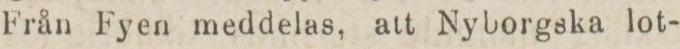
Från Fyen meddelas, att Nyborgska lot-